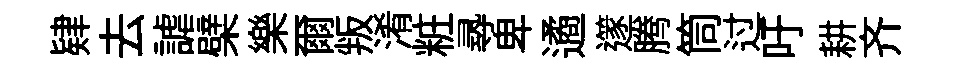
肄去謔檗樂爾叛淆粧𡬶卑遹𨗹腾筒过吁耕齐